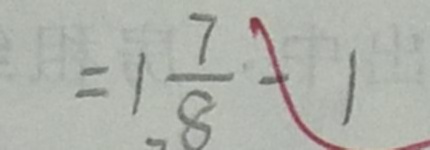
= 1 \frac { 7 } { 8 } - 1